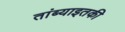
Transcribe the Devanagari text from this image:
तांब्याइतकी